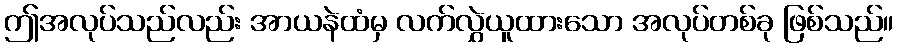
ဤအလုပ်သည်လည်း အာယနဲထံမှ လက်လွှဲယူထားသော အလုပ်တစ်ခု ဖြစ်သည်။